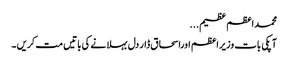
محمداعظم عظیم...
آپکی بات وزیراعظم اوراسحاق ڈار دل بہلانے کی باتیں مت کریں ۔